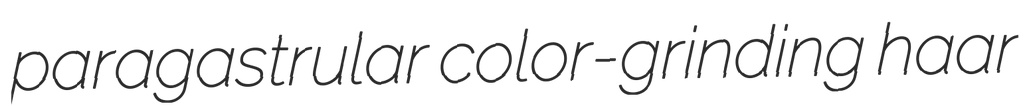
paragastrular color-grinding haar